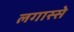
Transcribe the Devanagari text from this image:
लगास्से